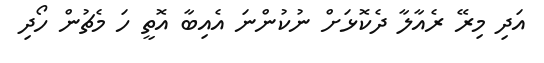
އަދި މިރޭ ރެއާލާ ދެކޮޅަށް ނުކުންނަ އެއިބާ އޮތީ ހަ މެޗުން ހޯދި